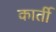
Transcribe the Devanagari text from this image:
कार्ती